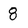
Character: 8